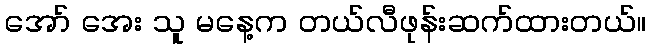
အော် အေး သူ မနေ့က တယ်လီဖုန်းဆက်ထားတယ်။